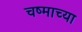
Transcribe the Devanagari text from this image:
चष्माच्या